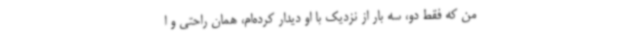
من که فقط دو، سه بار از نزدیک با او دیدار کرده‌ام، همان راحتی و ا